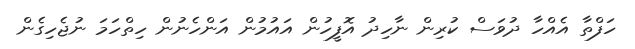
ހަފްތާ އެއްހާ ދުވަސް ކުރިން ނާހިދު އޮފީހުން އައުމުން އަންހެނުން ހިތްހަމަ ނުޖެހިގެން